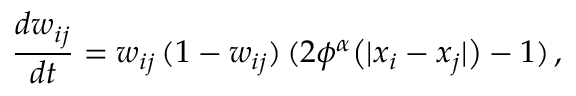
\frac { d w _ { i j } } { d t } = w _ { i j } \, ( 1 - w _ { i j } ) \, ( 2 \phi ^ { \alpha } \big ( | x _ { i } - x _ { j } | \big ) - 1 ) \, ,